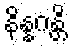
နိန္နဂန္တိ